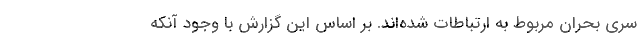
سری بحران مربوط به ارتباطات شده‌اند. بر اساس این گزارش با وجود آنکه